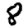
Digit: 8